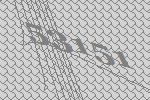
53151